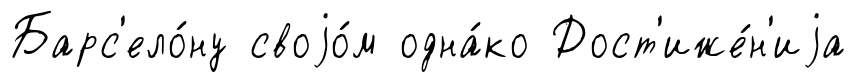
Барс'ело́ну своjо́м одна́ко Дост'иже́н'иjа